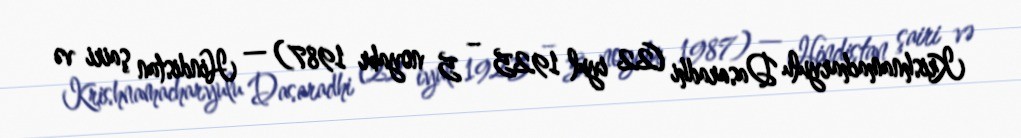
Krishnamacharyulu Dasaradhi (22 iyul 1925 – 5 noyabr 1987) — Hindistan şairi və